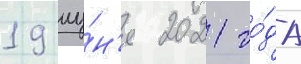
19 иу́н'я 2021 го́да